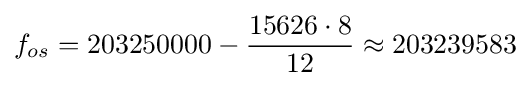
f_{os}=203250000-{\frac {15626\cdot 8}{12}}\approx 203239583